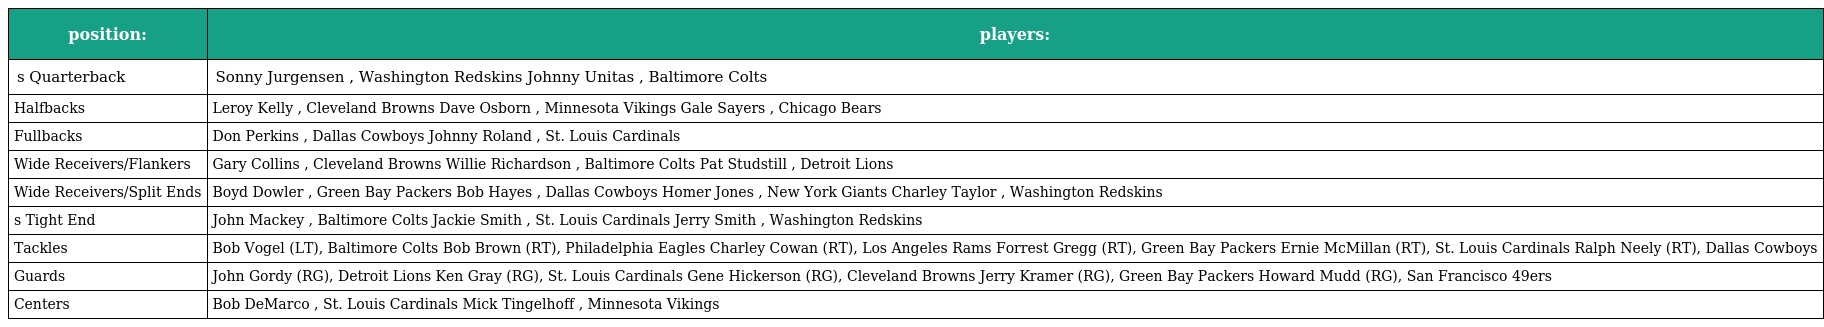
| position: | players: |
 | --- | --- |
 | s Quarterback | Sonny Jurgensen , Washington Redskins Johnny Unitas , Baltimore Colts |
 | Halfbacks | Leroy Kelly , Cleveland Browns Dave Osborn , Minnesota Vikings Gale Sayers , Chicago Bears |
 | Fullbacks | Don Perkins , Dallas Cowboys Johnny Roland , St. Louis Cardinals |
 | Wide Receivers/Flankers | Gary Collins , Cleveland Browns Willie Richardson , Baltimore Colts Pat Studstill , Detroit Lions |
 | Wide Receivers/Split Ends | Boyd Dowler , Green Bay Packers Bob Hayes , Dallas Cowboys Homer Jones , New York Giants Charley Taylor , Washington Redskins |
 | s Tight End | John Mackey , Baltimore Colts Jackie Smith , St. Louis Cardinals Jerry Smith , Washington Redskins |
 | Tackles | Bob Vogel (LT), Baltimore Colts Bob Brown (RT), Philadelphia Eagles Charley Cowan (RT), Los Angeles Rams Forrest Gregg (RT), Green Bay Packers Ernie McMillan (RT), St. Louis Cardinals Ralph Neely (RT), Dallas Cowboys |
 | Guards | John Gordy (RG), Detroit Lions Ken Gray (RG), St. Louis Cardinals Gene Hickerson (RG), Cleveland Browns Jerry Kramer (RG), Green Bay Packers Howard Mudd (RG), San Francisco 49ers |
 | Centers | Bob DeMarco , St. Louis Cardinals Mick Tingelhoff , Minnesota Vikings |